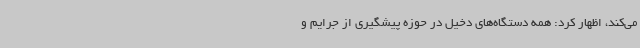
می‌کند، اظهار کرد: همه دستگاه‌های دخیل در حوزه پیشگیری از جرایم و